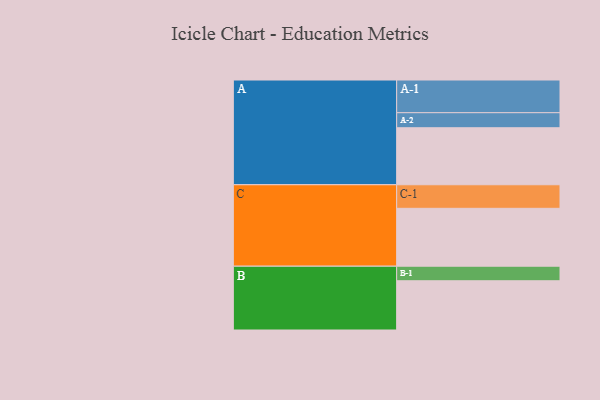
{"axis": {"x": "Segment", "y": "Value"}, "legend": ["", "A", "B", "C"], "data": [{"x": "A", "y": 455, "type": ""}, {"x": "B", "y": 393, "type": ""}, {"x": "C", "y": 462, "type": ""}, {"x": "A-1", "y": 261, "type": "A"}, {"x": "A-2", "y": 120, "type": "A"}, {"x": "B-1", "y": 116, "type": "B"}, {"x": "C-1", "y": 188, "type": "C"}]}